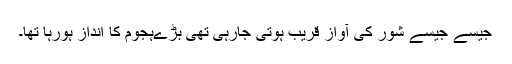
جیسے جیسے شور کی آواز قریب ہوتی جارہی تھی بڑےہجوم کا انداز ہورہا تھا۔